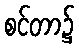
စင်တာ၌